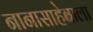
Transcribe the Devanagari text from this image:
नानासाहेबाला